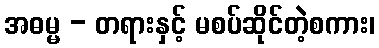
အဓမ္မ - တရားနှင့် မစပ်ဆိုင်တဲ့စကား၊